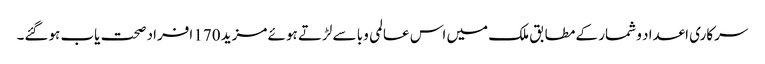
سرکاری اعداد و شمار کے مطابق ملک میں اس عالمی وبا سے لڑتے ہوئے مزید 170 افراد صحت یاب ہوگئے۔